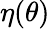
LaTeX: \eta(\theta)